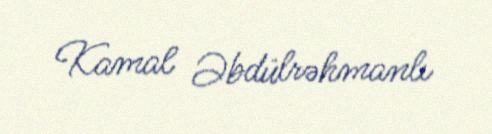
Kamal Əbdülrəhmanlı